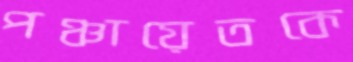
পঞ্চায়েতকে